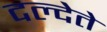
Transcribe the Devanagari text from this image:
दल्देते